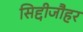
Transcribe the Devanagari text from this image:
सिद्दीजौहर